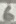
Text: 6